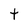
Character: t